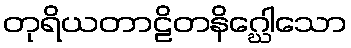
တုရိယတာဠိတနိဂ္ဃေါသော